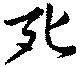
死